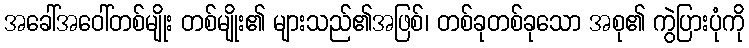
အခေါ်အဝေါ်တစ်မျိုး တစ်မျိုး၏ များသည်၏အဖြစ်၊ တစ်ခုတစ်ခုသော အစု၏ ကွဲပြားပုံကို